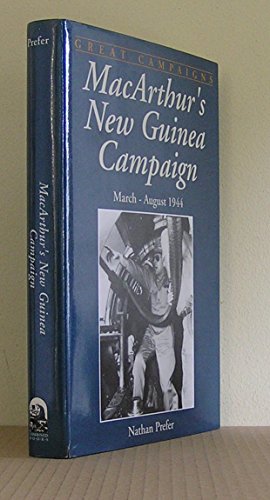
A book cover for MacArthur's New Guinea Campaign (Great Campaigns); Nathan Prefer; History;